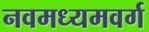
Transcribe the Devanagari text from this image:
नवमध्यमवर्ग